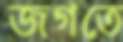
জগতে